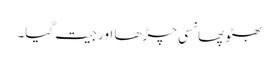
بھٹو پھانسی چڑھا اور جیت گیا۔